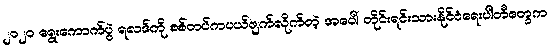
၂၀၂၀ ရွေးကောက်ပွဲ ရလဒ်ကို စစ်တပ်ကပယ်ဖျက်လိုက်တဲ့ အပေါ် တိုင်းရင်းသားနိုင်ငံရေးပါတီတွေက